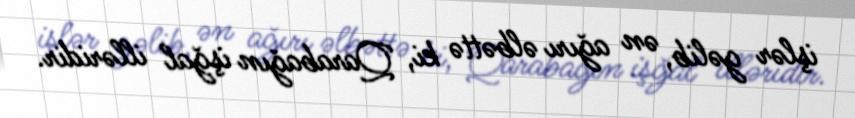
işlər gəlib, ən ağırı əlbəttə ki, Qarabağın işğal illəridir.